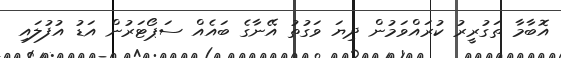
އޮބާމާ ތަގުރީރު ކުރައްވަމުން ދިޔަ ވަގުތު އޭނާގެ ބައެއް ސަޕޯޓަރުން އަޑު އުފުލައި